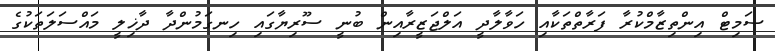
ސަމިޓް އިންތިޒާމްކުރާ ފަރާތްތަކާއި ހަވާލާދީ އަލްޖަޒީރާއިން ބުނީ ސޫރިޔާގައި ހިނގަމުންދާ ދާޚިލީ މައްސަލަތަކުގެ